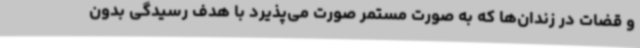
و قضات در زندان‌ها که به صورت مستمر صورت می‌پذیرد با هدف رسیدگی بدون